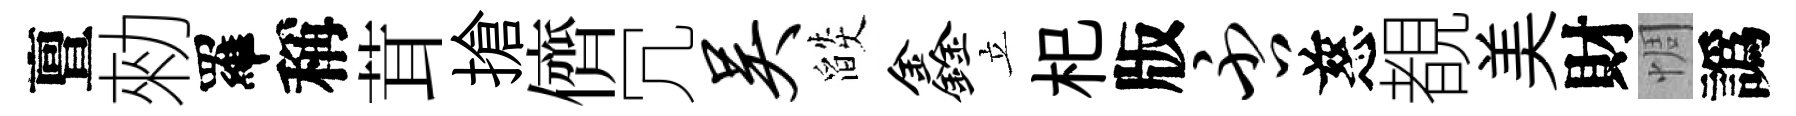
亶勑羅稱茸搶儕冗吴燄鑫立𣏌版否慈覩美財惆譌